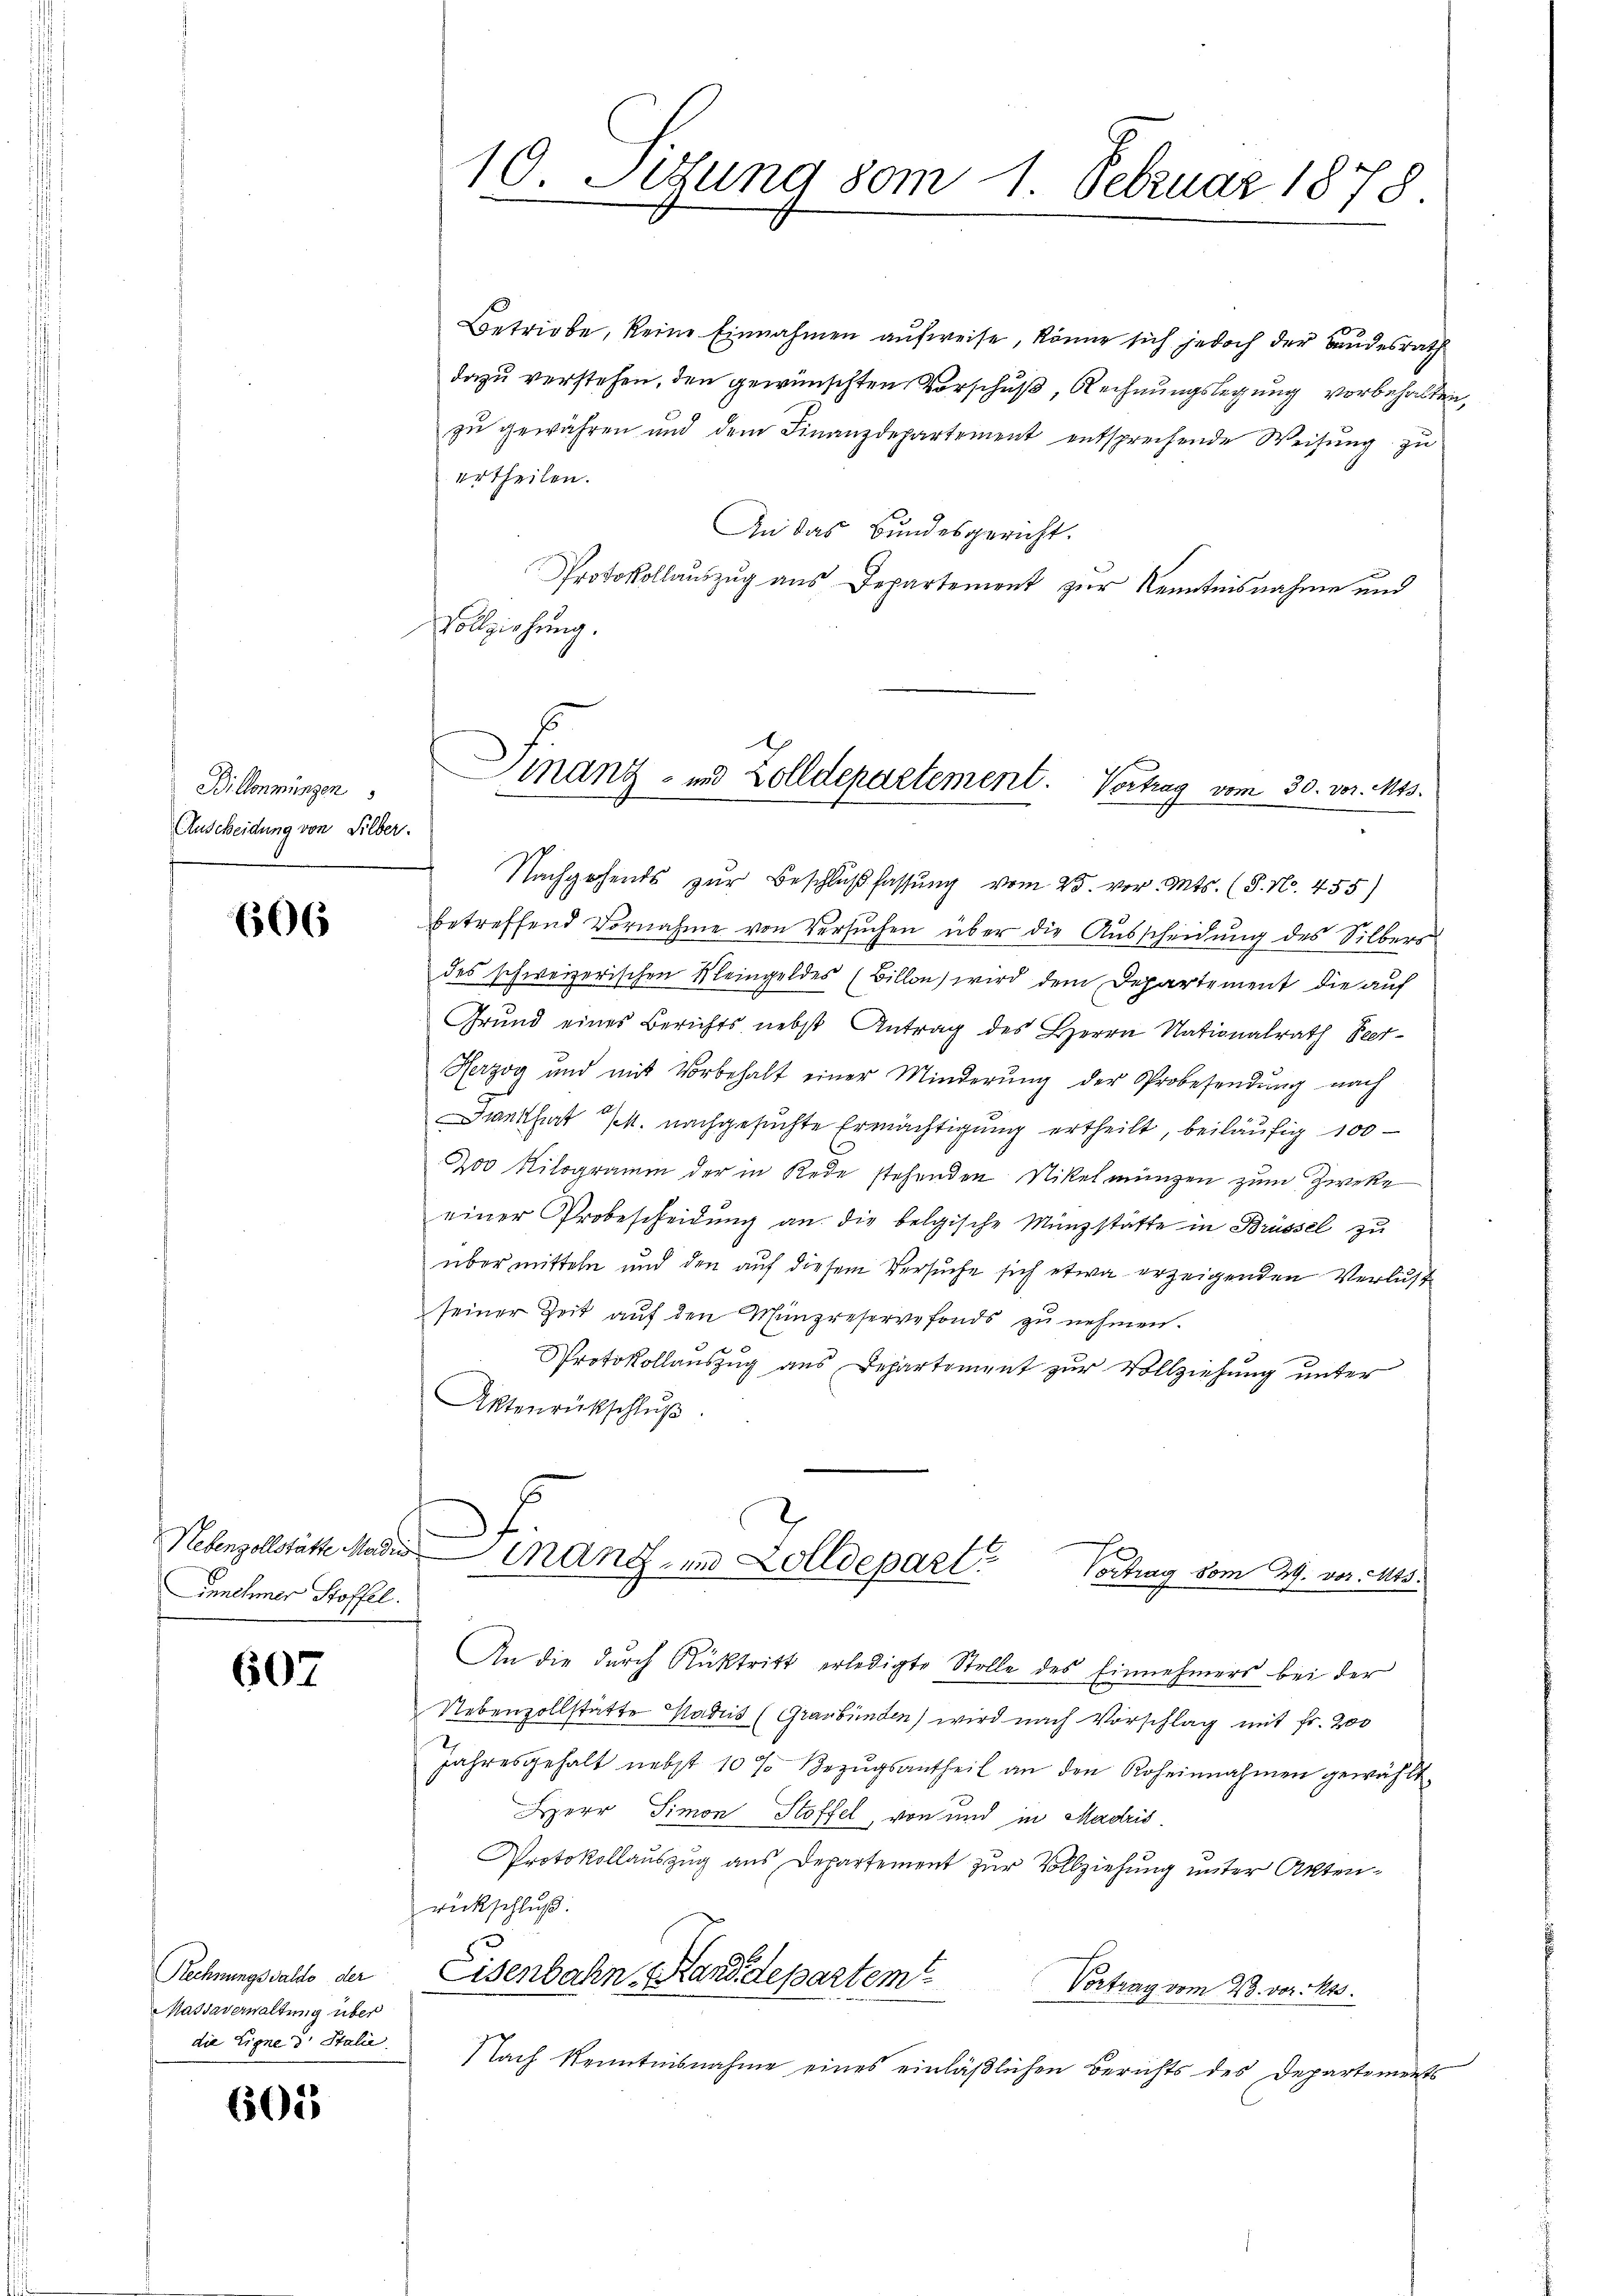
Billenmungen
Auscheidung von Silber.

606

innehmer Stoffel.

607

Rechnungssaldo der
Massaverwaltung über
die Eigne d. Stalie

601

Nachgehends zur Beschlußfassung vom 25. vor. Mts. (S. Nr. 455)
betreffend Vornahme von Versuchen über die Ausscheidung des Silbers
des schweizerischen Meingeldes (Billon wird dem Departement die auf
Grund eines Berichts nebst Antrag des Herrn Nationalrath Peer¬
Herzog und mit Vorbehalt einer Minderŭng der Probesendŭng nach
9
Frankfurt M. nachgesuchte Ermächtigung ertheilt, beiläufig 100
200 Kilogramm der in Rede stehenden Nikelmungen zum Zweke
einer Probescheidŭng an die belgische Münzstätte in Brüssel zu
über mitteln und den auf diesem Versuche sich etwa erzeigenden Verlust
seiner Zeit auf den Münzreservefonds zu nehmen.
Protokollauszug aus Departement zur Vollziehung unter
Aktenrückschluß

10. Sitzung vom 1. Februar 1878.
-

Betriebe, keine Einnahmen aufweise, könne sich jedoch der Bundesrath
dazu verstehen, den gewünschten Vorschuß Rechnungslegung vorbehalten,
zu gewähren und dem Finanzdepartement entsprechende Weisung zu
ertheilen.
An das Bundesgericht.
Protokollauszug aus Departement zur Kenntnisnahme und
Vollziehung.

Finanz- und Zolldepartement. Vortrag vom 30. vor. Mts.

Nebenzollstätte der Finanz- und Zolldepart
Vortrag vom 29. vor 143.

An die durch Rücktritt erledigte Stelle des Einnehmers bei der
Nebenzollstätte Madus (Graubünden) wird nach Vorschlag mit Fr. 200
Jahresgehalt nebst 10 % Bezŭgsantheil an den Roheinnahmen gewählt.
Herr Simon Stoffel, von und in Madris
Protokollauszug aus Departement zur Vollziehung unter Aktenrückschluß.
Eisenbahn, Hand departem
Vortrag vom 23. vor. 120.
Nach Kenntnisnahme eines einläβlichen Berichts des Departements